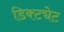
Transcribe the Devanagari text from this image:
डिक्ट्येट